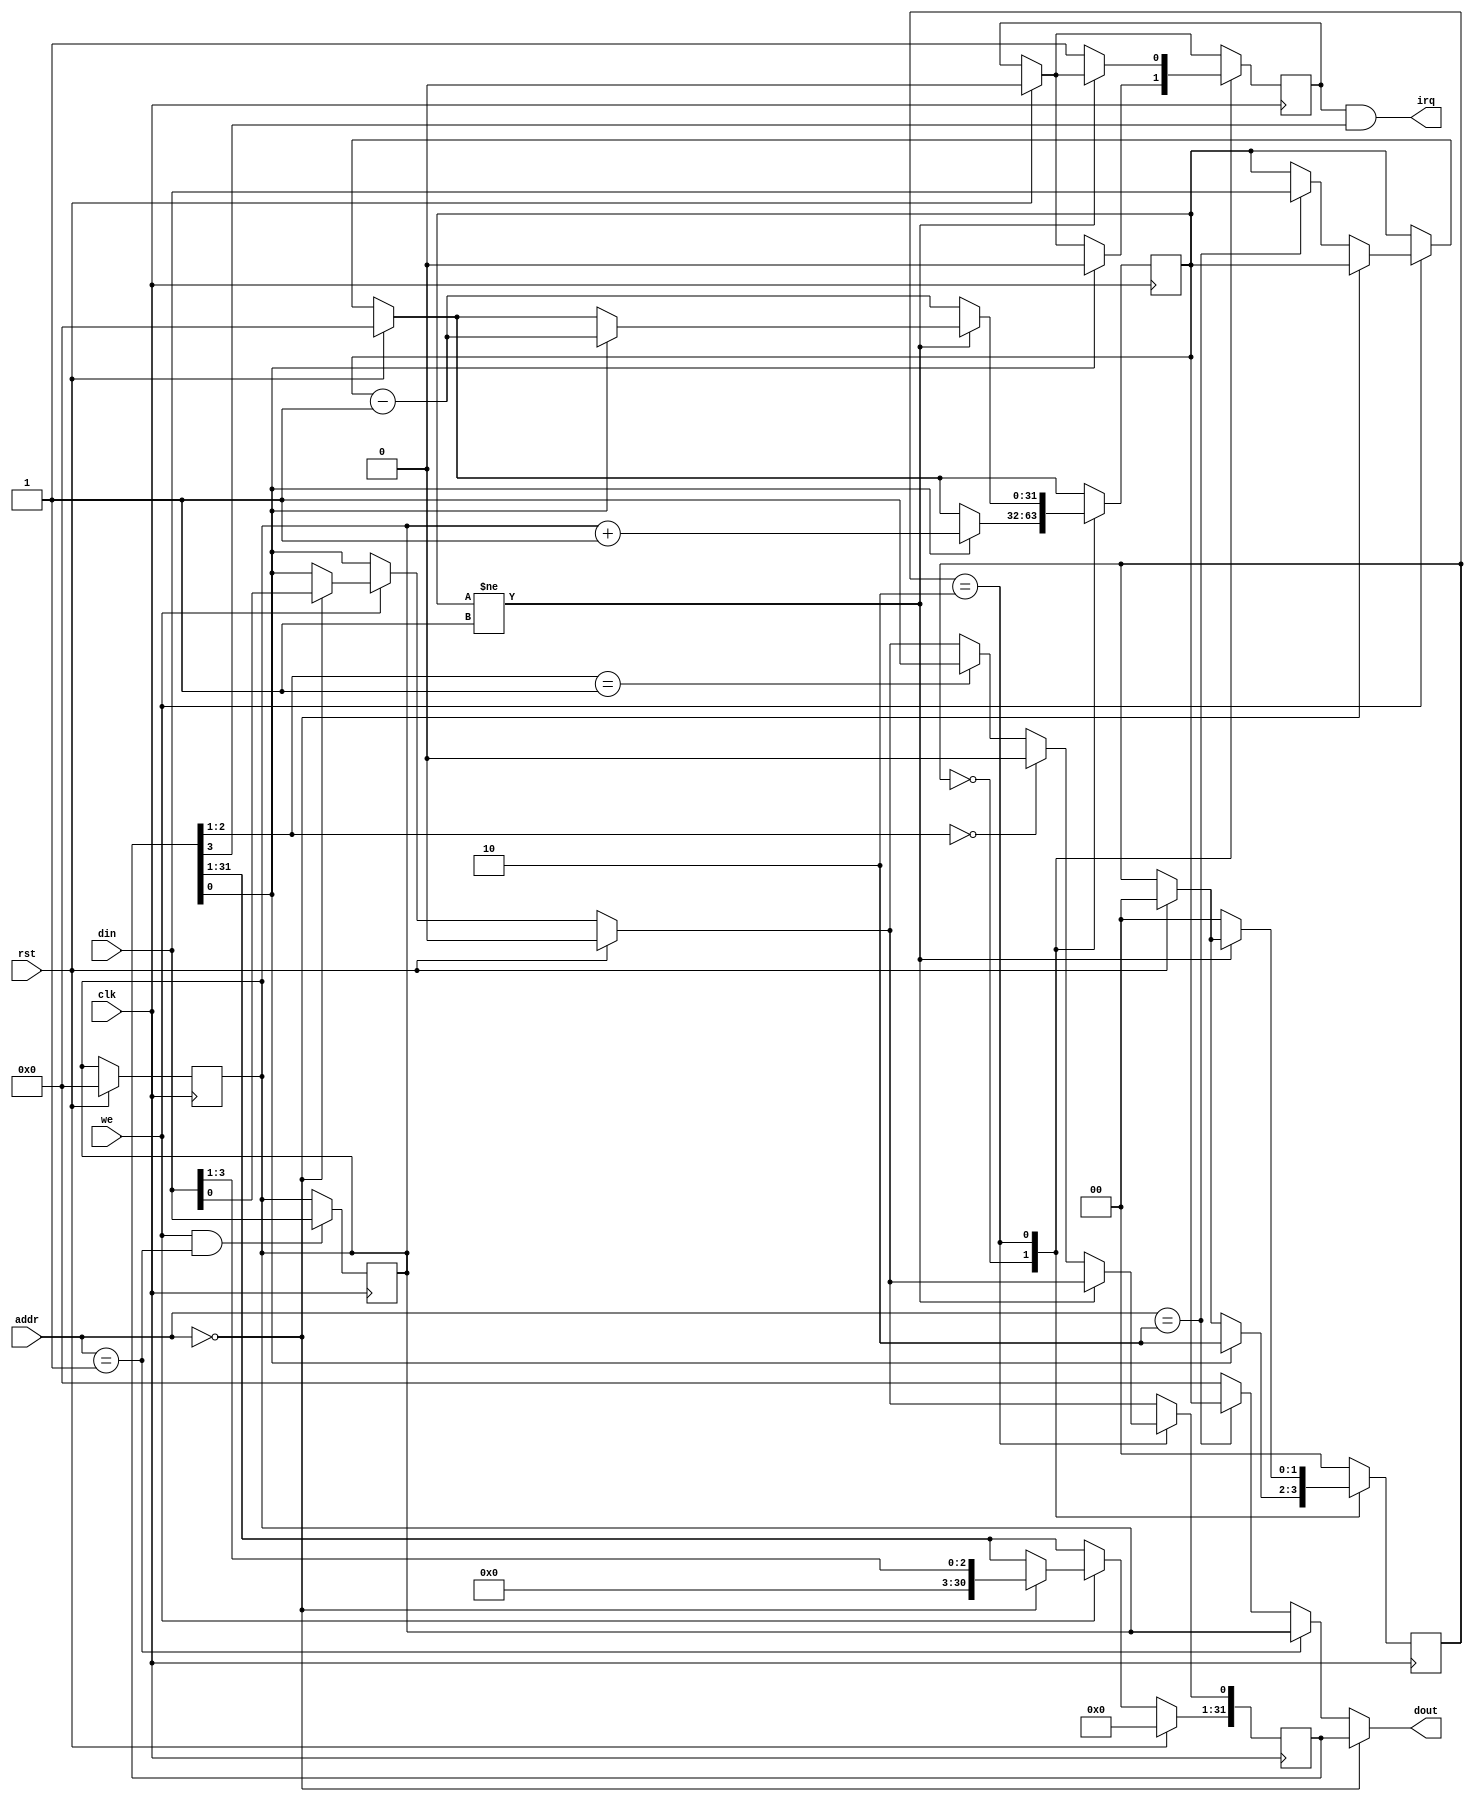
`timescale 1ns / 1ps
//////////////////////////////////////////////////////////////////////////////////
// Company: 
// Engineer: 
// 
// Design Name: 
// Module Name:    timer 
// Project Name: 
// Target Devices: 
// Tool versions: 
// Description: 
//
// Dependencies: 
//
// Revision: 
// Revision 0.01 - File Created
// Additional Comments: 
//
//////////////////////////////////////////////////////////////////////////////////
`define im ctrl[3]
`define mode ctrl[2:1]
`define enable ctrl[0]

`define idle 2'b00
`define cnting 2'b10


module timer(
    input clk,
    input rst,
    input [1:0] addr,
    input we,
    input [31:0] din,
    output [31:0] dout,
    output irq
    );
	 
	 reg [31:0] ctrl = 0;
	 reg [31:0] preset = 0;
	 reg [31:0] count = 0;
	 reg [1:0] state = 0;
	 reg inter = 0;


	 assign irq = inter&&`im;
	 
	 assign dout = (addr==2'b00)?ctrl:
						(addr==2'b01)?preset:
						(addr==2'b10)?count:
						0;
	 
	
	always@(posedge clk)begin
		if(we==1'b1&&addr==2'b01)
			preset<=din;
	end
	
	always@(posedge clk)begin
		 if(rst)begin
			ctrl <= 0;
			preset<= 0;
			count<= 0;
			state<= 0;
			inter<= 0;
		 end
		 else if(we==1'b1)begin
			if(addr==2'b00) ctrl<={28'b0, din[3:0]};
			else if(addr==2'b10) count<= din;
		 end
		 //begin
			case(state)
				`idle:begin
					if(`enable)begin
						state<=`cnting;
						count<=preset+1;
						inter<=0;
					end
				end
			
				`cnting:begin
					if(count!=1)  begin
						if(`enable)
							count<=count-1;
					end
					else begin 
						state<=`idle;
						count <= count-1;
						inter<= 1;
						if(`mode==2'b00)
							`enable<=0;
						else if(`mode==2'b01)
							`enable <= 1;
					end
				end
				default:state<=`idle;
			endcase
		//end
	end
endmodule